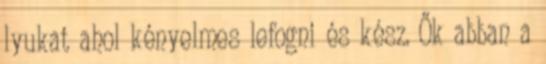
lyukat ahol kényelmes lefogni és kész. Ők abban a